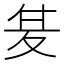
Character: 𭐣